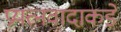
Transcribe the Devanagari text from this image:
प्रयत्‍नवादाकडे